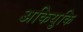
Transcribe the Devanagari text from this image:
अकियुकि